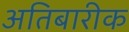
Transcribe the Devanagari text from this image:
अतिबारीक